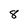
Character: 8